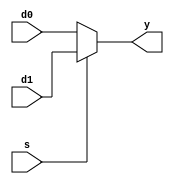
`timescale 1ns / 1ps
//////////////////////////////////////////////////////////////////////////////////
// Company: 
// Engineer: 
// 
// Design Name: 
// Module Name: mux2
// Project Name: 
// Target Devices: 
// Tool Versions: 
// Description: 
// 
// Dependencies: 
// 
// Revision:
// Revision 0.01 - File Created
// Additional Comments:
// 
//////////////////////////////////////////////////////////////////////////////////

module mux2 # (parameter WIDTH = 8)(
    input [WIDTH-1:0] d0, d1,
    input s,
    output [WIDTH-1:0] y
    );
    
    assign y = s? d1: d0; 
endmodule